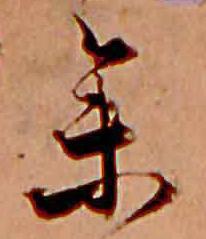
参